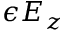
\epsilon E _ { z }